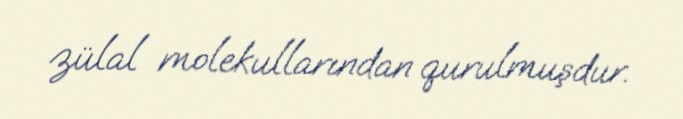
zülal molekullarından qurulmuşdur.